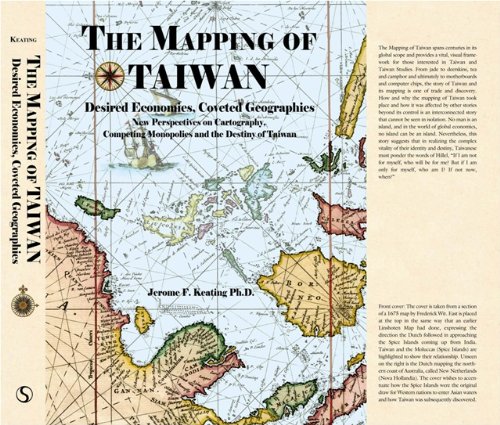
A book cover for The Mapping of Taiwan: Desired Econmics,Coveted Geographies; Jerome F. Keating; Travel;